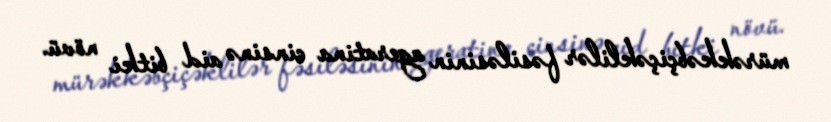
mürəkkəbçiçəklilər fəsiləsinin ageratina cinsinə aid bitki növü.